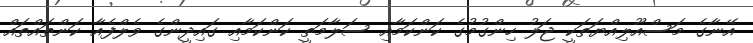
އޭނާގެ މަސްއޫލިއްޔަތަކީ ޖަލު ހިންގުމުގެ ކަންކަމާއި ސަލާމަތީ ކަންކަމާއި ގައިދީންގެ ވެލްފެއާ ކަންތައްތައް